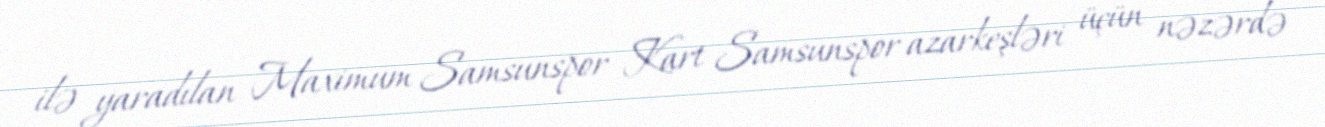
ilə yaradılan Maximum Samsunspor Kart Samsunspor azarkeşləri üçün nəzərdə